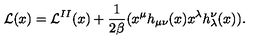
{ \cal L } ( x ) = { \cal L } ^ { I I } ( x ) + \frac { 1 } { 2 \beta } ( x ^ { \mu } h _ { \mu \nu } ( x ) x ^ { \lambda } h _ { \lambda } ^ { \nu } ( x ) ) .